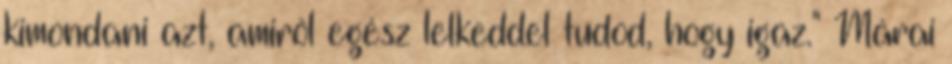
kimondani azt, amiről egész lelkeddel tudod, hogy igaz." Márai